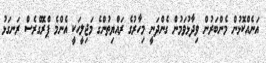
އަނެއްކޮޅުން މެންބަރުން ވިދާޅުވަމުން ގެންދަނީ މިހާރުގެ ރައްޔިތުންގެ މަޖިލީހަކީ އެންމެ ޕްރޮގްރެސް ރަނގަޅު